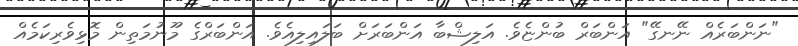
"ނަންބަރެއް ނޭނގޭ" އަންބަރް ބުންޏެވެ. އަލިޝްބާ އަންބަރަށް ބަލައިލިއެވެ. އަންބަރްގެ މޫނުމަތިން މޮޅިވެރިކަމެއް